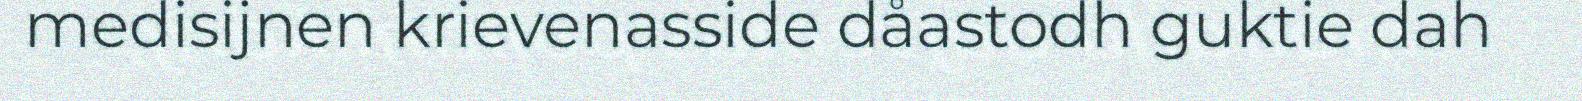
medisijnen krievenasside dåastodh guktie dah